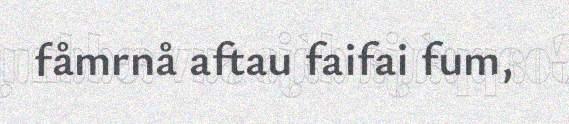
fåmrnå aftau faifai fum,